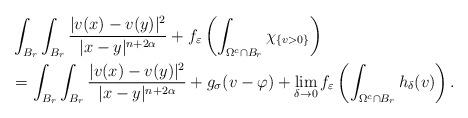
LaTeX: \begin{align*}&\int_{B_r}\int_{B_{r}} \frac{|v(x)-v(y)|^{2}}{|x-y|^{n+2\alpha}}+f_\varepsilon\left(\int_{\Omega^c\cap B_r}\chi_{\{v>0\}}\right)\\&=\int_{B_r}\int_{B_{r}} \frac{|v(x)-v(y)|^{2}}{|x-y|^{n+2\alpha}}+g_\sigma(v-\varphi)+\lim_{\delta\rightarrow0}f_\varepsilon\left(\int_{\Omega^c\cap B_r}h_\delta(v)\right).\end{align*}